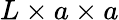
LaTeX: L\times a\times a